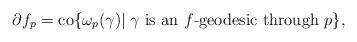
LaTeX: \begin{align*}\partial f_p={\rm co}\{ \omega_p(\gamma)| \; \gamma \textrm{ is an } f\textrm{-geodesic through } p \},\end{align*}